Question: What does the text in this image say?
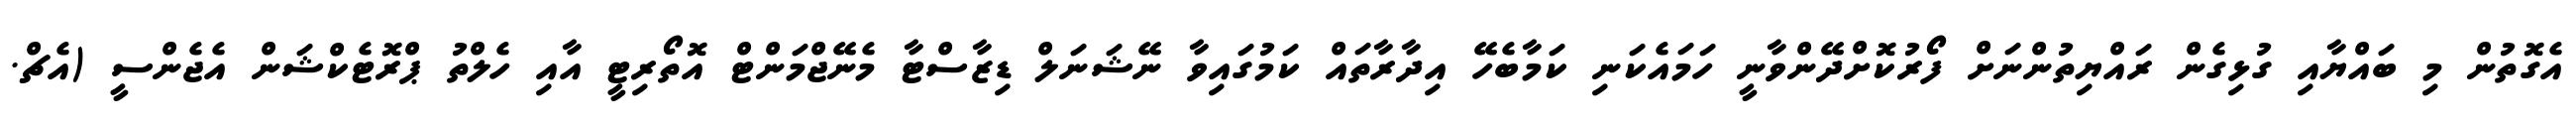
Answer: އެގޮތުން މި ބައްޔާއި ގުޅިގެން ރައްޔިތުންނަށް ފޯރުކޮށްދޭންވާނީ ހަމައެކަނި ކަމާބެހޭ އިދާރާތައް ކަމުގައިވާ ނޭޝަނަލް ޑިޒާސްޓާ މެނޭޖްމަންޓް އޮތޯރިޓީ އާއި ހެލްތު ޕްރޮޓެކްޝަން އެޖެންސީ (އެޗް.